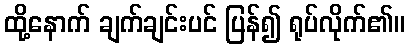
ထို့နောက် ချက်ချင်းပင် ပြန်၍ ရုပ်လိုက်၏။